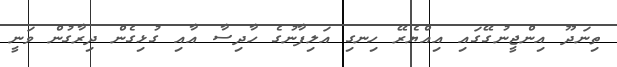
ތިނަދޫ އިންޖީނުގޭގައި އިއްޔެރޭ ހިނގި އަލިފާނުގެ ހާދިސާ އާއި ގުޅިގެން ދިރާގުން ވަނީ